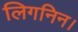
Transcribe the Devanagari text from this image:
लिगनिन।